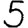
Digit: 5